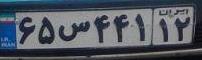
۶۵س۴۴۱۱۲